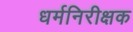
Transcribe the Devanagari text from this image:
धर्मनिरीक्षक